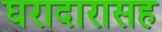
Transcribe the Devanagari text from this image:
घरादारासह